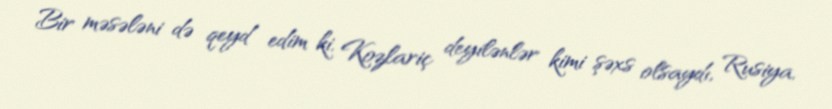
Bir məsələni də qeyd edim ki, Kozlariç deyilənlər kimi şəxs olsaydı, Rusiya,